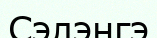
Сэлэнгэ